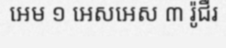
អេម ១ អេសអេស ៣ រ៉ូជឺរ